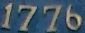
1776